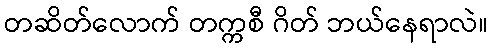
တဆိတ်လောက် တက္ကစီ ဂိတ် ဘယ်နေရာလဲ။